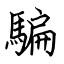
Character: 騙